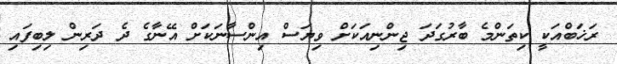
ރަޚަބްއަކީ ކިތަންމެ ބާރުގަދަ ޖިންނިއަކަށް ވިޔަސް އިންސާނަކަށް އޭނާގެ ދެ ދަރިން ލިބިފައި